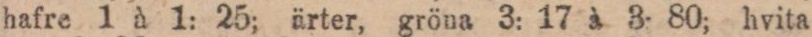
hafre 1 à 1: 25; ärter, gröna 3: 17 à 3. 80; hvita